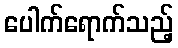
ပေါက်ရောက်သည့်